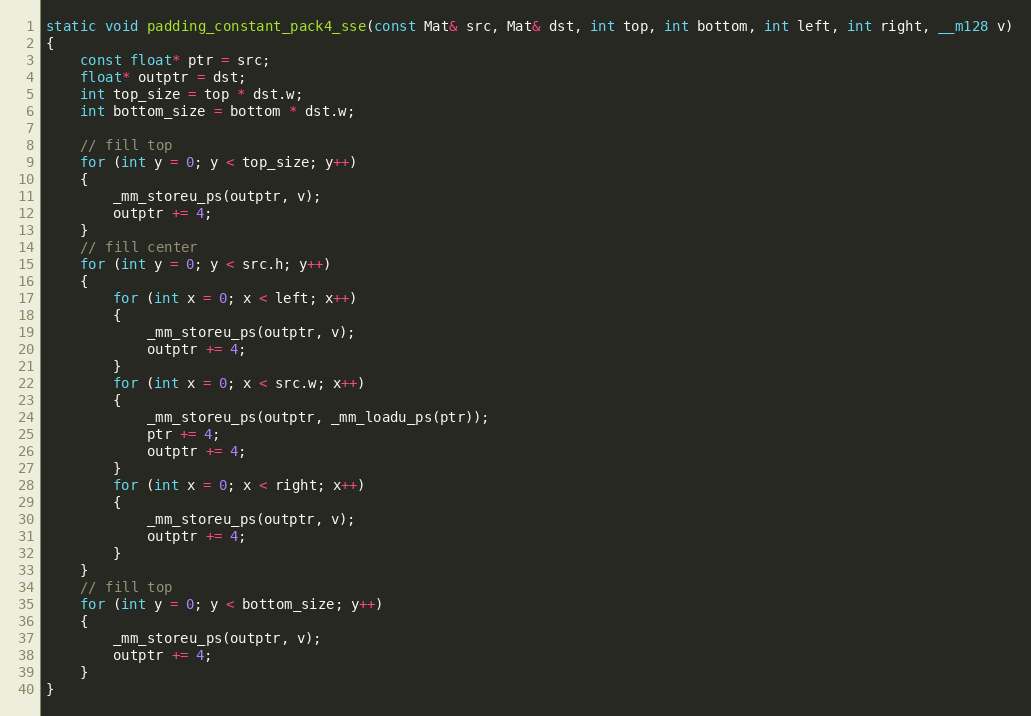
Language: C
static void padding_constant_pack4_sse(const Mat& src, Mat& dst, int top, int bottom, int left, int right, __m128 v)
{
    const float* ptr = src;
    float* outptr = dst;
    int top_size = top * dst.w;
    int bottom_size = bottom * dst.w;

    // fill top
    for (int y = 0; y < top_size; y++)
    {
        _mm_storeu_ps(outptr, v);
        outptr += 4;
    }
    // fill center
    for (int y = 0; y < src.h; y++)
    {
        for (int x = 0; x < left; x++)
        {
            _mm_storeu_ps(outptr, v);
            outptr += 4;
        }
        for (int x = 0; x < src.w; x++)
        {
            _mm_storeu_ps(outptr, _mm_loadu_ps(ptr));
            ptr += 4;
            outptr += 4;
        }
        for (int x = 0; x < right; x++)
        {
            _mm_storeu_ps(outptr, v);
            outptr += 4;
        }
    }
    // fill top
    for (int y = 0; y < bottom_size; y++)
    {
        _mm_storeu_ps(outptr, v);
        outptr += 4;
    }
}